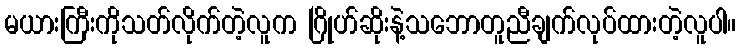
မယားကြီးကိုသတ်လိုက်တဲ့လူက ဂြိုဟ်ဆိုးနဲ့သဘောတူညီချက်လုပ်ထားတဲ့လူပါ။